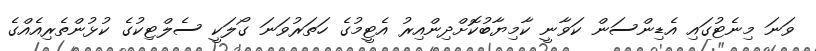
ވަނަ މިނެޓުގައި އެޑިންސަން ކަވާނީ ކާމިޔާބުކޮށްދިންއިރު އެޓީމުގެ ހަތަރުވަނަ ގޯލަކީ ސެލްޓިކުގެ ކުޅުންތެރިއެއްގެ